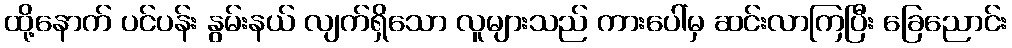
ထို့နောက် ပင်ပန်း နွမ်းနယ် လျက်ရှိသော လူများသည် ကားပေါ်မှ ဆင်းလာကြပြီး ခြေညောင်း